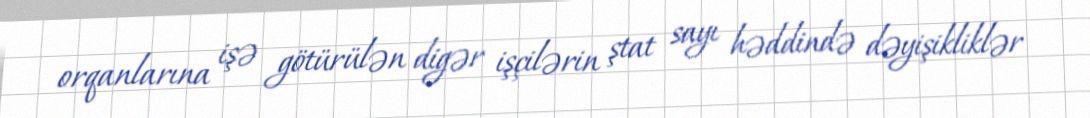
orqanlarına işə götürülən digər işçilərin ştat sayı həddində dəyişikliklər